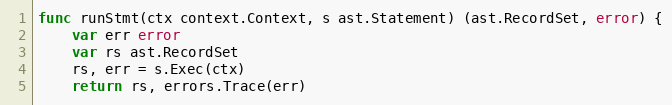
Language: Go
func runStmt(ctx context.Context, s ast.Statement) (ast.RecordSet, error) {
	var err error
	var rs ast.RecordSet
	rs, err = s.Exec(ctx)
	return rs, errors.Trace(err)